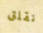
نقلق